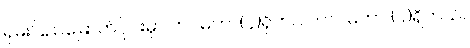
ရှမ်းပြည်မြောက်ပိုင်းမှာ တပ်မဟာ(၄)ရှိတယ် တပ်မဟာ (၉)ရှိတယ်။